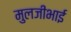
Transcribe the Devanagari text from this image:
मुलजीभाई